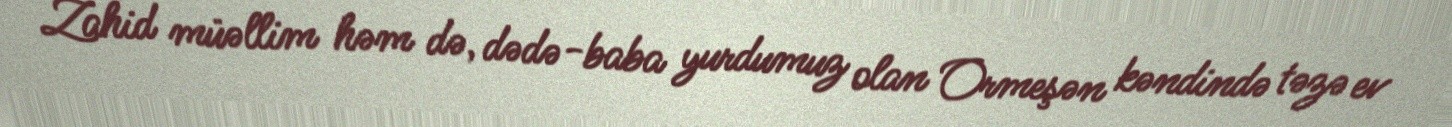
Zahid müəllim həm də, dədə-baba yurdumuz olan Ormeşən kəndində təzə ev